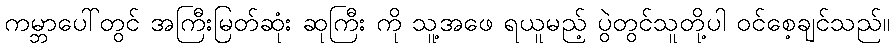
ကမ္ဘာပေါ်တွင် အကြီးမြတ်ဆုံး ဆုကြီး ကို သူ့အဖေ ရယူမည့် ပွဲတွင်သူတို့ပါ ဝင်စေ့ချင်သည်။